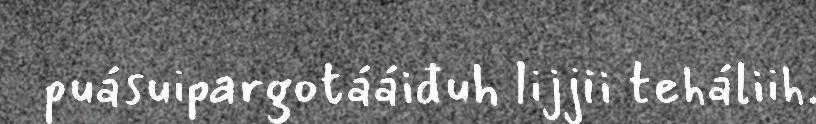
puásuipargotááiđuh lijjii teháliih.